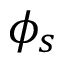
\phi _ { s }